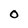
Character: 0